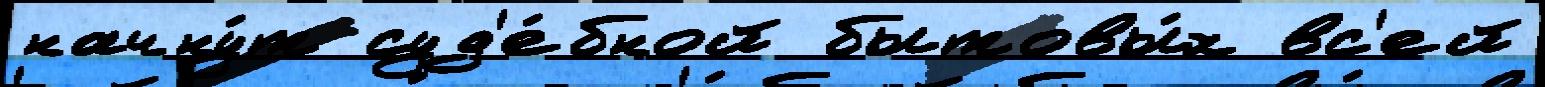
начну́т суд'е́бной бытовы́х вс'ей